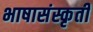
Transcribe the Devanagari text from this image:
भाषासंस्कृती